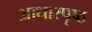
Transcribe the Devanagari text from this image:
आधारपृष्ठ